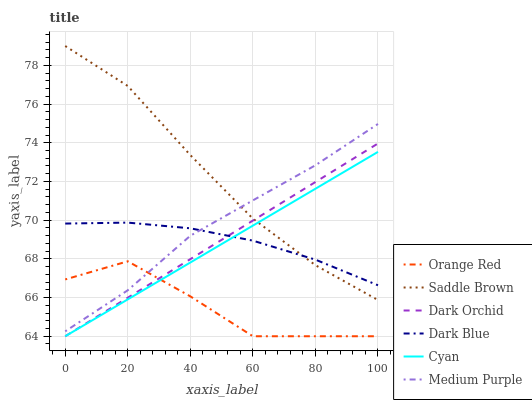
| xaxis_label | Orange Red | Saddle Brown | Dark Orchid | Dark Blue | Cyan | Medium Purple |
 | --- | --- | --- | --- | --- | --- | --- |
 | 0 | 66.9 | 79 | 64 | 69.8 | 64 | 64.3 |
 | 20 | 67.9 | 76.9 | 66 | 69.9 | 65.9 | 66.4 |
 | 40 | 66.1 | 73.4 | 68 | 69.6 | 67.8 | 69.2 |
 | 60 | 64 | 70.1 | 70 | 68.9 | 69.7 | 71 |
 | 80 | 64 | 67.7 | 72 | 68 | 71.6 | 72.8 |
 | 100 | 64 | 65.9 | 74 | 66.6 | 73.5 | 75 |